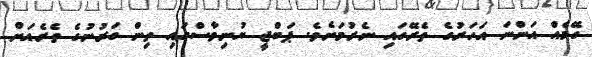
ގޭމެއް އަންނަ އަހަރުގެ ތެރޭގައި ނެރުމަށެވެ. ޕަބްޖީ ޔުނިވާސްގައި ތިން ގަރުނުގެ ތެރެއަށް